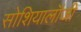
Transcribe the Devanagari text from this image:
सोशियालॉजी